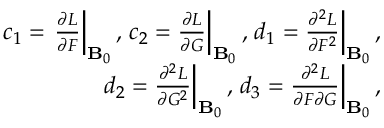
\begin{array} { r } { c _ { 1 } = \left. \frac { \partial { \cal L } } { \partial { \cal F } } \right| _ { { \bf B } _ { 0 } } , \left. c _ { 2 } = \frac { \partial { \cal L } } { \partial { \cal G } } \right| _ { { \bf B } _ { 0 } } , \left. d _ { 1 } = \frac { \partial ^ { 2 } { \cal L } } { \partial { \cal F } ^ { 2 } } \right| _ { { \bf B } _ { 0 } } , } \\ { \left. d _ { 2 } = \frac { \partial ^ { 2 } { \cal L } } { \partial { \cal G } ^ { 2 } } \right| _ { { \bf B } _ { 0 } } , \left. d _ { 3 } = \frac { \partial ^ { 2 } { \cal L } } { \partial { \cal F } \partial { \cal G } } \right| _ { { \bf B } _ { 0 } } , } \end{array}